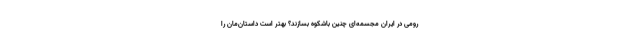
رومی در ایران مجسمه‌ای چنین باشکوه بسازند؟ بهتر است داستان‌مان را